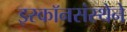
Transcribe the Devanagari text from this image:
इस्कॉनसंस्थेने